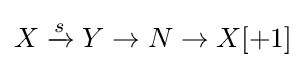
X\xrightarrow {s} Y\to N\to X[+1]